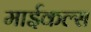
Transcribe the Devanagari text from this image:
माईकल्स